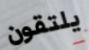
يلتقون